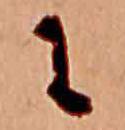
に